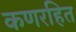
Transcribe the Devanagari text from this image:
कणरहित